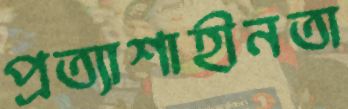
প্রত্যাশাহীনতা